Indian journal of veterinary science and animal husbandry - Volumes 28-29, 1958-1959
Year: 1958
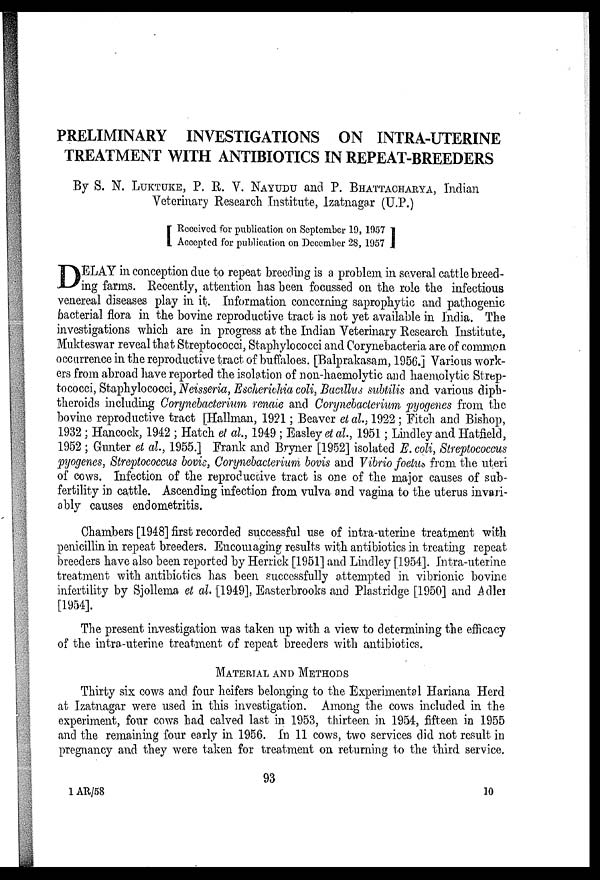
PRELIMINARY INVESTIGATIONS ON INTRA-UTERINE
TREATMENT WITH ANTIBIOTICS IN REPEAT-BREEDERS
By S. N. LUKTUKE, P. R. V. NAYUDU and P. BHATTACHARYA, Indian
Veterinary Research Institute, Izatnagar (U.P.)
[ Received for publication on September 19, 1957
Accepted for publication on December 28, 1957 ]
D ELAY in conception due to repeat breeding is a problem in several cattle breed-
ing farms. Recently, attention has been focussed on the role the infectious
venereal diseases play in it. Information concerning saprophytic and pathogenic
bacterial flora in the bovine reproductive tract is not yet available in India. The
investigations which are in progress at the Indian Veterinary Research Institute,
Mukteswar reveal that Streptococci, Staphylococci and Corynebacteria are of common
occurrence in the reproductive tract of buffaloes. [Balprakasam, 1956.] Various work-
ers from abroad have reported the isolation of non-haemolytic and haemolytic Strep-
tococci, Staphylococci, Neisseria, Escherichia coli, Bacillus subtilis and various diph-
theroids including Corynebacterium renale and Corynebacterium pyogenes from the
bovine reproductive tract [Hallman, 1921; Beaver et al., 1922 ; Fitch and Bishop,
1932 ; Hancock, 1942 ; Hatch et al, 1949 ; Easley et al., 1951; Lindley and Hatfield,
1952 ; Gunter et at., 1955.] Frank and Bryner [1952] isolated E. coli, Streptococcus
pyogenes, Streptococcus bovis, Corynebacterium bovis and Vibrio foetus from the uteri
of cows. Infection of the reproductive tract is one of the major causes of sub-
fertility in cattle. Ascending infection from vulva and vagina to the uterus invari-
ably causes endometritis.
Chambers [1948] first recorded successful use of intra-uterine treatment with
penicillin in repeat breeders. Encouraging results with antibiotics in treating repeat
breeders have also been reported by Herrick [1951] and Lindley [1954]. Intra-uterine
treatment with antibiotics has been successfully attempted in vibrionic bovine
infertility by Sjollema et al. [1949], Easterbrooks and Plastridge [1950] and Adler
[1954].
The present investigation was taken up with a view to determining the efficacy
of the intra-uterine treatment of repeat breeders with antibiotics.
MATERIAL AND METHODS
Thirty six cows and four heifers belonging to the Experimental Hariana Herd
at Izatnagar were used in this investigation. Among the cows included in the
experiment, four cows had calved last in 1953, thirteen in 1954, fifteen in 1955
and the remaining four early in 1956. In 11 cows, two services did not result in
pregnancy and they were taken for treatment on returning to the third service.
93
1AR/58
10